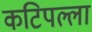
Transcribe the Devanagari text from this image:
कटिपल्ला